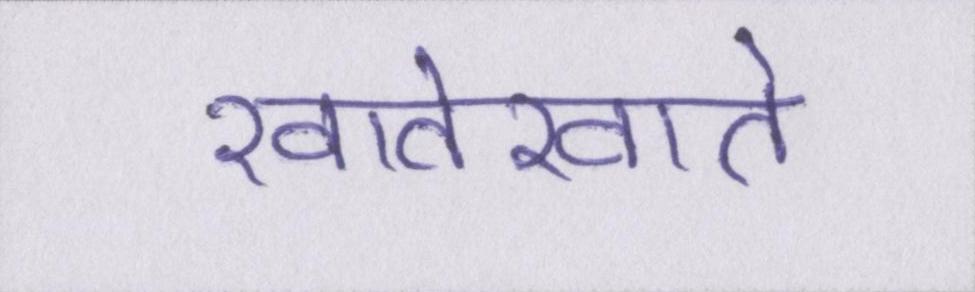
खातेखाते